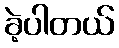
ခဲ့ပါတယ်